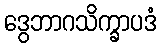
ဒွေဘာဂသိက္ခာပဒံ